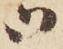
御